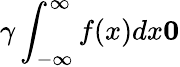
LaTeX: \gamma\int_{-\infty}^{\infty}f(x)dx\le 0